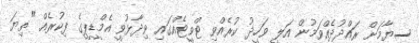
ސިޔާމަށް ރައްދުދެއްވަމުން އަލީ ވަހީދު ކުރެއްވި ޓްވީޓެއްގައި ވިދާޅުވީ އެމްޑީޕީގެ ފިކުރެއް "ތިޔަ